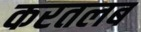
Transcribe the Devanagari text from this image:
करतलब